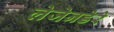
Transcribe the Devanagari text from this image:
लेजेनडेरे